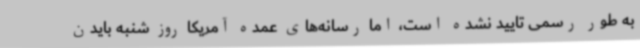
به طور رسمی تایید نشده است، اما رسانه‌های عمده آمریکا روز شنبه بایدن